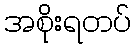
အစိုးရတပ်